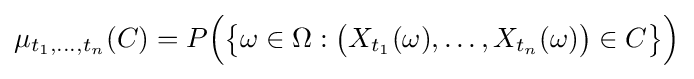
\mu _{t_{1},\dots ,t_{n}}(C)=P{\Big (}{\big \{}\omega \in \Omega :{\big (}X_{t_{1}}(\omega ),\dots ,X_{t_{n}}(\omega ){\big )}\in C{\big \}}{\Big )}